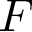
F